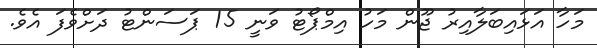
މަހާ އަޅައިބަލާއިރު ޖޫން މަހު އިމްޕޯޓު ވަނީ 15 ޕަސަންޓު ދަށްވެފަ އެވެ.